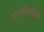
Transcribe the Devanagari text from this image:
वानस्पितिक